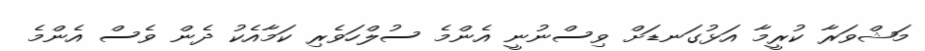
މަޝްވަރާ ކުރީމާ އަޅުގަނޑަށް ވިސްނުނީ އެންމެ ސުލްހަވެރި ކަމާއެކު ދެން ވެސް އެންމެ